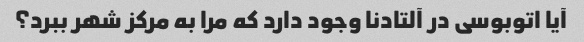
آیا اتوبوسی در آلتادنا وجود دارد که مرا به مرکز شهر ببرد؟